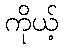
ကိုယ့်